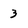
Character: 3